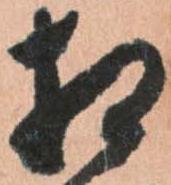
相